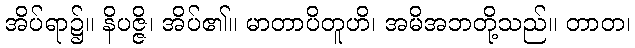
အိပ်ရာ၌။ နိပဇ္ဇိ၊ အိပ်၏။ မာတာပိတူဟိ၊ အမိအဘတို့သည်။ တာတ၊